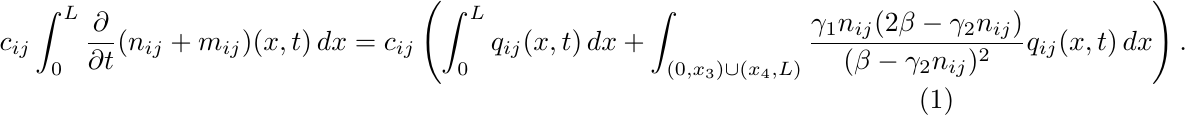
\begin{equation}\label{rate mass chsange}
\begin{aligned}
&c_{ij}\int_0^L \frac{\partial}{\partial t}(n_{ij}+m_{ij})(x,t)\,dx
=c_{ij}\left(\int_0^L q_{ij}(x,t)\,dx+\int_{(0,x_3)\cup(x_4,L)}\frac {\gamma_1 n_{ij}(2\beta-\gamma_2  n_{ij})}{(\beta-\gamma_2  n_{ij})^2}q_{ij}(x,t)\,dx\right).
\end{aligned}
\end{equation}